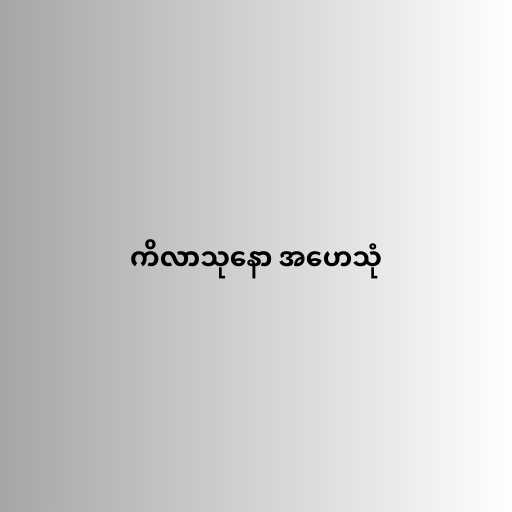
ကိလာသုနော အဟေသုံ